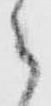
郎